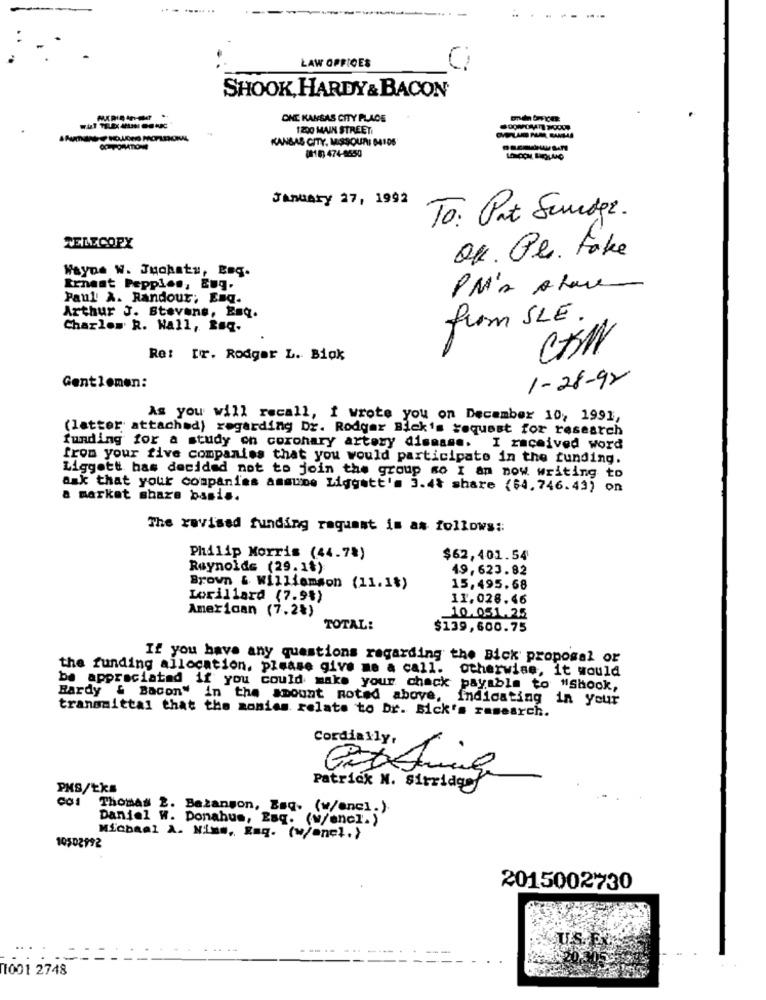
LAW OFFICES
C
SHOOK, HARDY& BACON
ONE KANSAS CITY PLACE
1200 MAIN STREET
KANSAS CITY, MISSOURI 64106
(10) 474-8450
January 27, 1992
To: Put Sundgr.
TELECOPX
Q1. Pl. Fake
Wayne W. Juopaty, Bag.
Ernest Pepplos, E.g.
PM's A fare
Paul X. Randour; Enq.
Arthur J. Stevens, Esq.
Charles R. Wall, Raq.
from SLE .
Re: [r. Rodger L. Biak
1-28-92
Gentlemen:
As you will recall, i wrote you on December 10, 1991,
(latter attached) regarding Dr. Rodger Blck's request for research
funding for a study on coronary artery disease. I received word
from your five companies that you would participate in the funding.
Liggett has decided not to join the group so I an now writing to
ask that your companies assume Liggatt's 3.4% share ($4.746.43) on
a market share basis.
The revised funding raquant im as follows ::
Philip Morris (44.7%)
$62,401.54
Reynolds (29.1%)
19,623.82
Brown & Williamson (11.1%)
15,495.68
Lorillard (7.9%)
11.028.46
American (7.2%)
_10.051.25
TOTAL:
$139,600.75
If you have any questions regarding the Bick proposal or
the funding allocation, please give me a call. otherwise, it would
be appreciated if you could make your check payable to "shook,
Bardy & Bacon" in the amount noted above,
Indicating in your
transmittal that the monies relate to br. Bick's research.
Cordially,
PMS/Eks
Patrick N. sirriage
Thomas 2. Bazanson, Esq. (w/enci.).
Daniel W. Donahus, Esq.
. (W/encl.)
Micbaal A. Nimm, Raq. (w/enel.}
10502992
2015002730
....
--- .
1001 2748